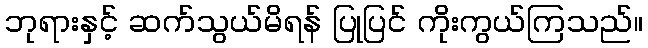
ဘုရားနှင့် ဆက်သွယ်မိရန် ပြုပြင် ကိုးကွယ်ကြသည်။